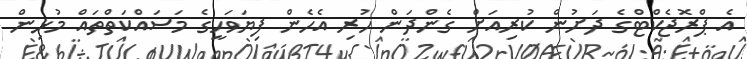
އެ ޕްރޮޖެކްޓްގެ ދަށުން ކުރިއަށް ގެންދަން ހުރި އެހެން ފިޔަވަހީގެ މަސައްކަތްތައް މުޅިން